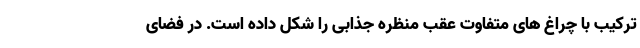
ترکیب با چراغ های متفاوت عقب منظره جذابی را شکل داده است. در فضای